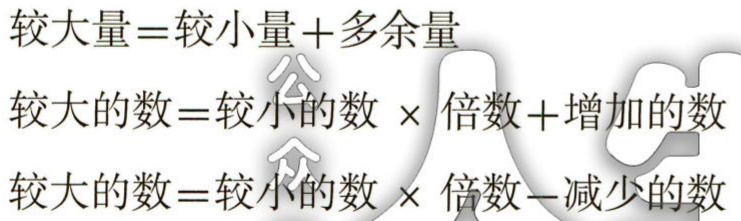
较大量=较小量+多余量

较大的数=较小的数 \times 倍数+增加的数

较大的数=较小的数 \times 倍数-减少的数